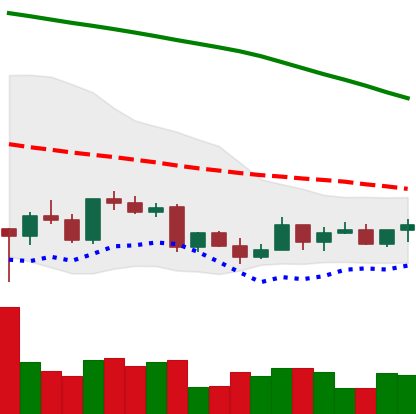
Ticker: LTC-USD
Chart end date: 2022-03-15
Forward return: 7.328%
Label: up_7plus